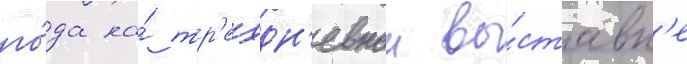
го́да на́ тр'ехдн'евнои вы́ставк'е